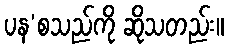
ပန’စသည်ကို ဆိုသတည်း။